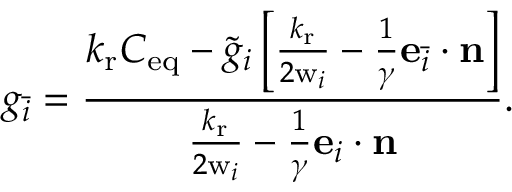
g _ { \bar { i } } = \frac { { k _ { \mathrm { r } } C _ { \mathrm { e q } } - \tilde { g } _ { i } \left[ { { \frac { k _ { \mathrm { r } } } { 2 \mathrm { w } _ { i } } } - \frac { 1 } { \gamma } \mathbf { e } _ { \bar { i } } \cdot \mathbf { n } } \right] } } { { { \frac { k _ { \mathrm { r } } } { 2 \mathrm { w } _ { i } } } - \frac { 1 } { \gamma } \mathbf { e } _ { i } \cdot \mathbf { n } } } .